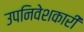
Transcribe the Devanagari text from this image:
उपनिवेशकारी